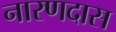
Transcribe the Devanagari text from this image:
नारणदास